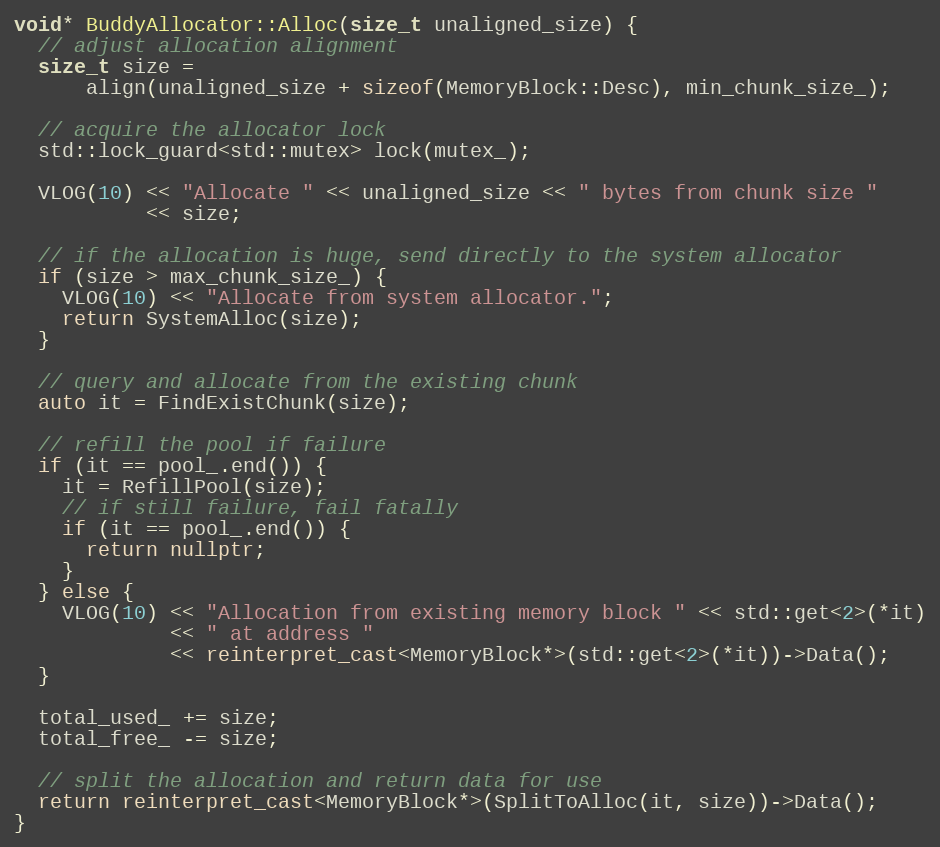
Language: C++
void* BuddyAllocator::Alloc(size_t unaligned_size) {
  // adjust allocation alignment
  size_t size =
      align(unaligned_size + sizeof(MemoryBlock::Desc), min_chunk_size_);

  // acquire the allocator lock
  std::lock_guard<std::mutex> lock(mutex_);

  VLOG(10) << "Allocate " << unaligned_size << " bytes from chunk size "
           << size;

  // if the allocation is huge, send directly to the system allocator
  if (size > max_chunk_size_) {
    VLOG(10) << "Allocate from system allocator.";
    return SystemAlloc(size);
  }

  // query and allocate from the existing chunk
  auto it = FindExistChunk(size);

  // refill the pool if failure
  if (it == pool_.end()) {
    it = RefillPool(size);
    // if still failure, fail fatally
    if (it == pool_.end()) {
      return nullptr;
    }
  } else {
    VLOG(10) << "Allocation from existing memory block " << std::get<2>(*it)
             << " at address "
             << reinterpret_cast<MemoryBlock*>(std::get<2>(*it))->Data();
  }

  total_used_ += size;
  total_free_ -= size;

  // split the allocation and return data for use
  return reinterpret_cast<MemoryBlock*>(SplitToAlloc(it, size))->Data();
}